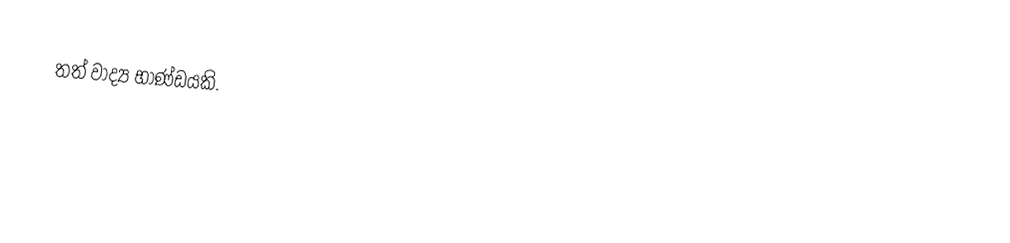
තත් වාද්‍ය භාණ්ඩයකි.